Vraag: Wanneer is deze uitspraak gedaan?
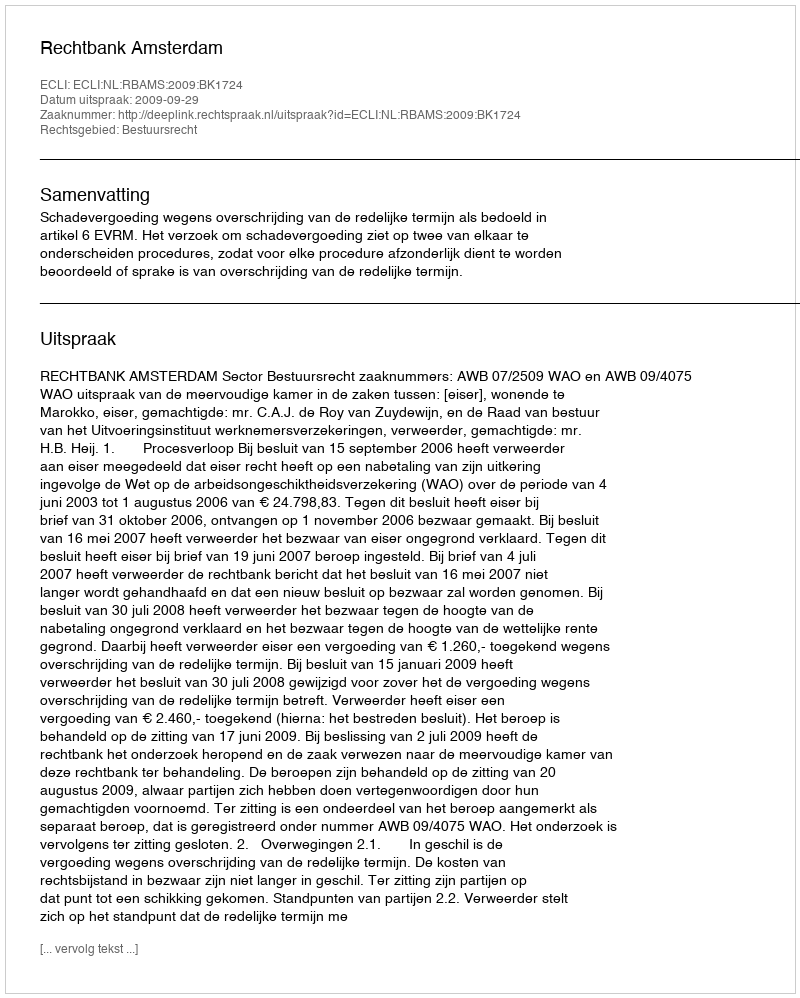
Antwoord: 2009-09-29